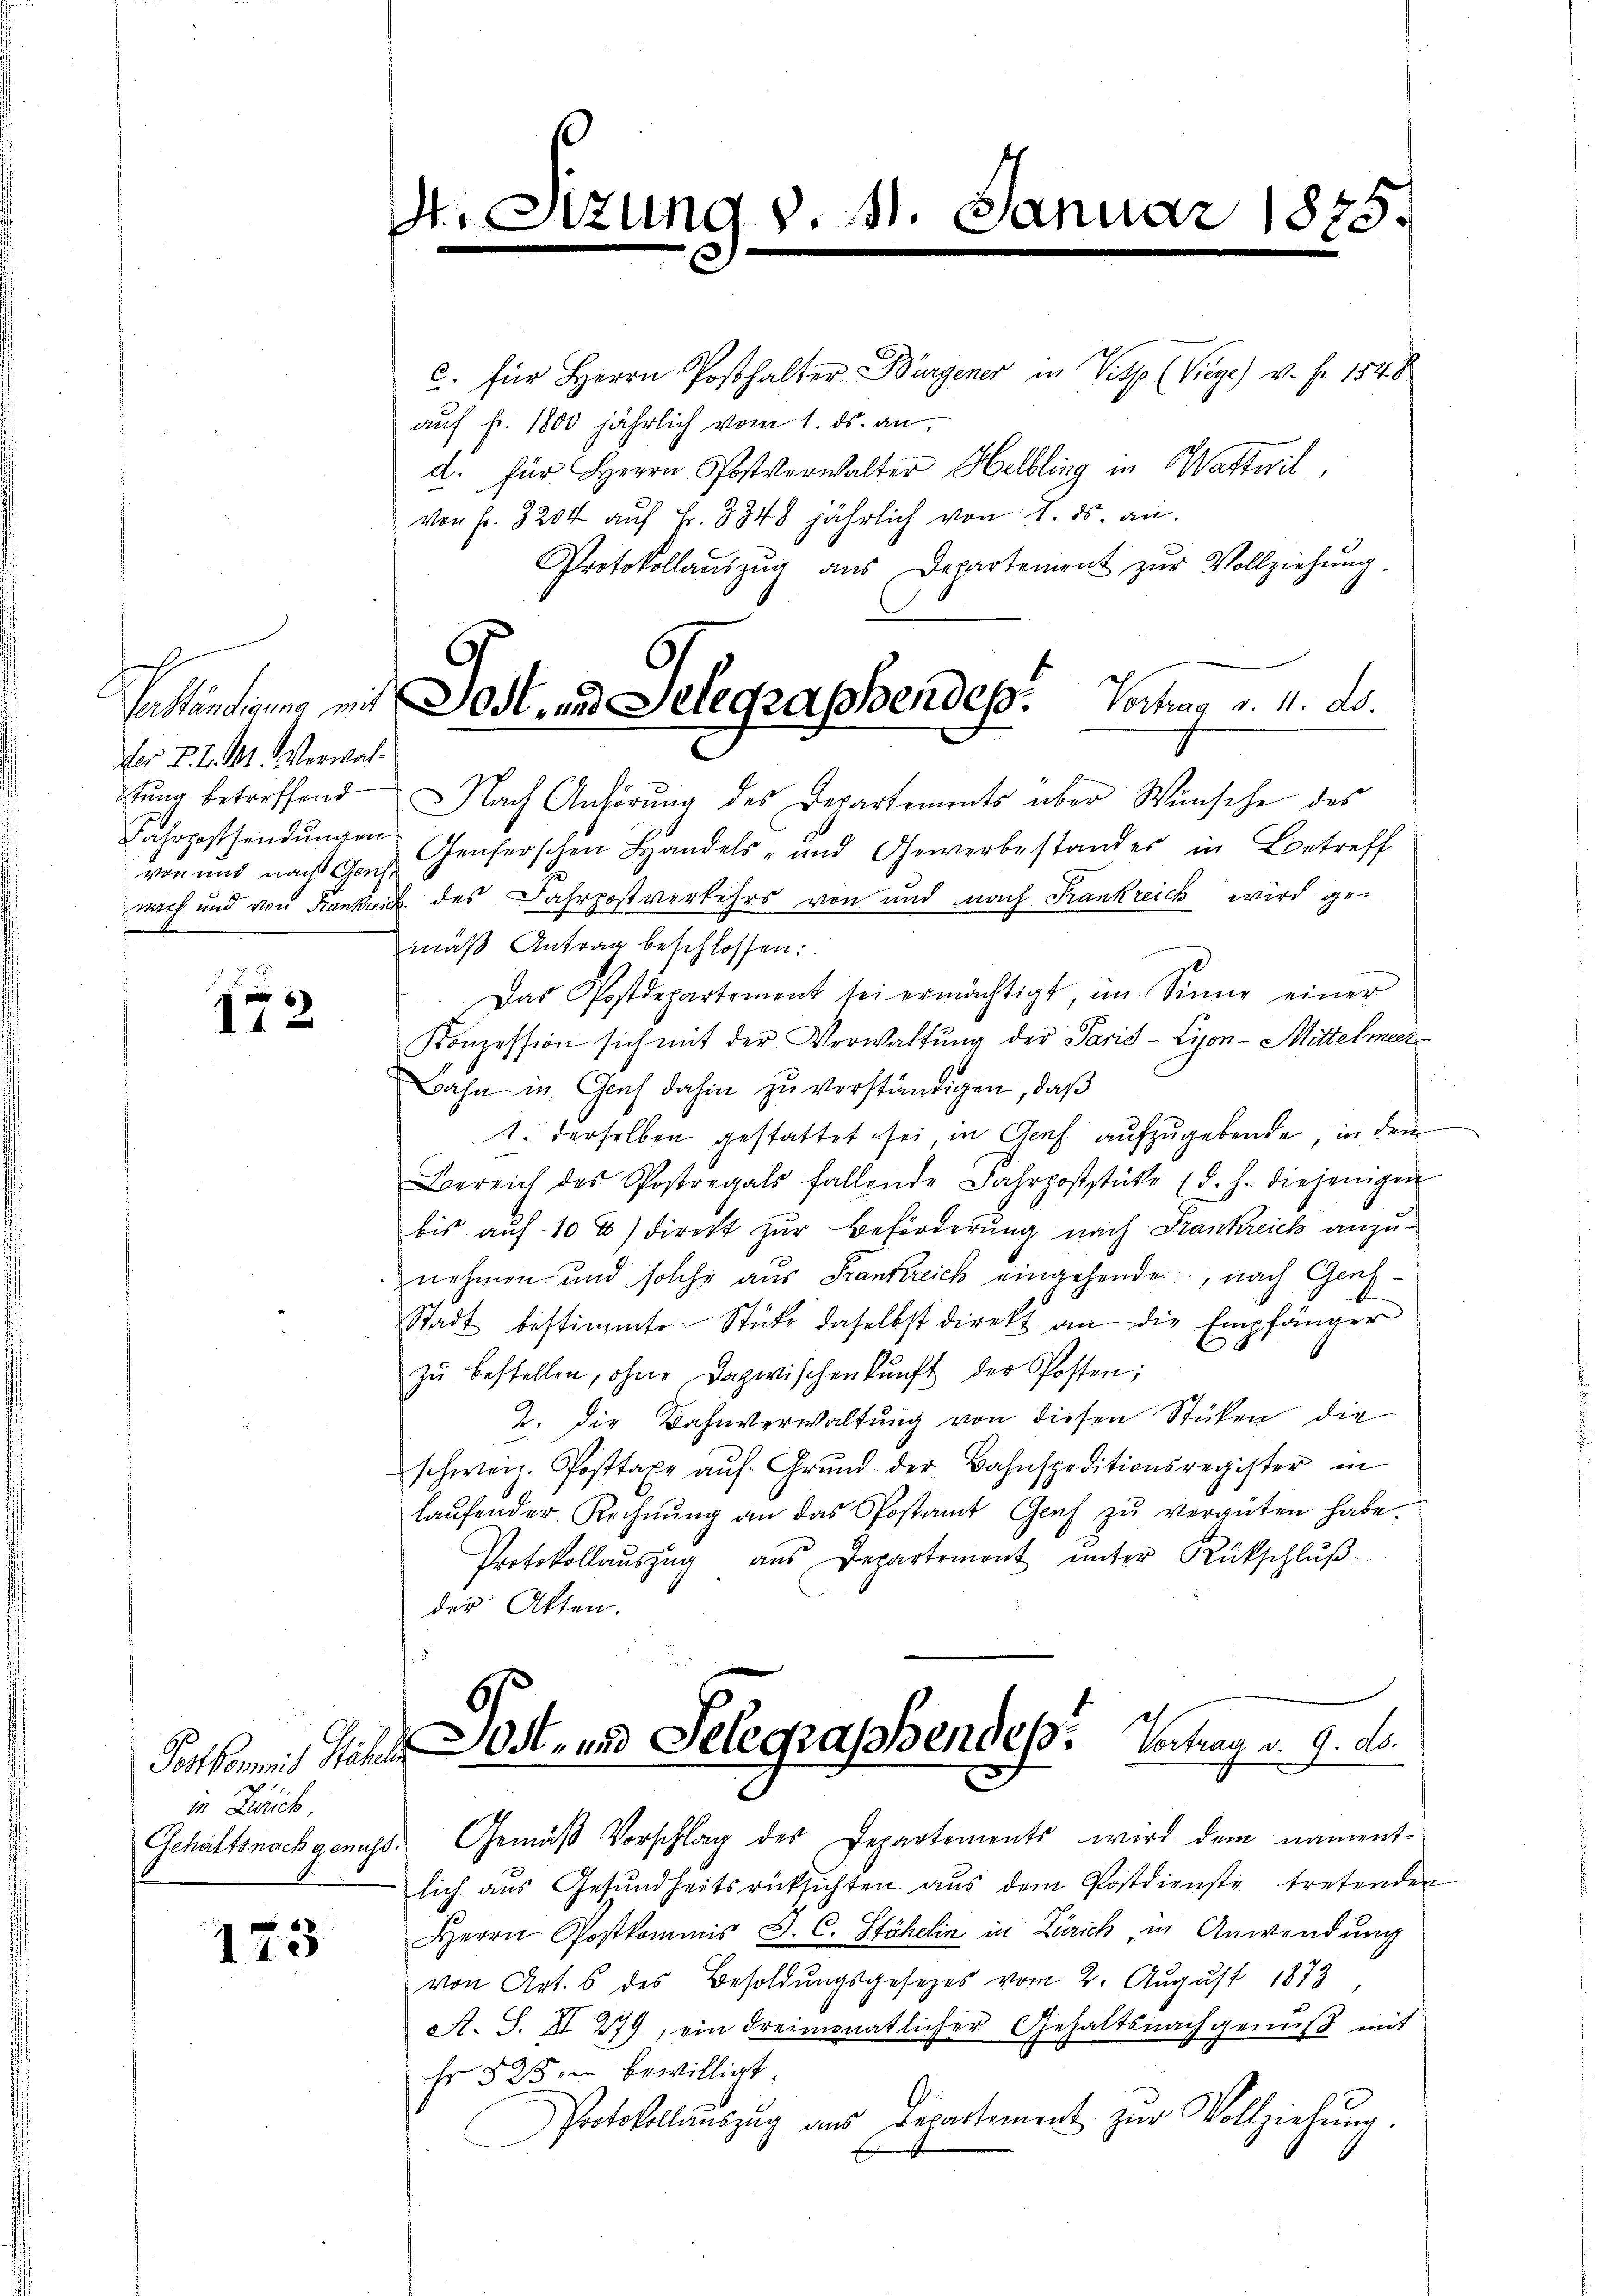
der P. d. Mt. Verwaltung betreffend
Fahrpostsendungen
von und nach Geist

172

in Zürich,

173

C

Sizung v. 11. Januar 1875.

Vtländigung mit Post und Gelegraphendes. Vertrag v. 4. ds.

C. für Herrn Posthalter Bürgener in Vitz (Viege v. Fr. 1548
auf Fr. 1800 jährlich vom 1. ds. an,
d. für Herrn Postverwalter Helbling in Wattwil
von fr. 3204 aŭf Fr. 8348 jährlich von 1. ds. an.
Protokollaŭszŭg aŭs Departement zŭr Vollziehung.
Nach Anhörung des Departements über Wünsche des
Genferschen Handels- und Gewerbestandes in Betreff
nach und von Krankreck des Jahrpostverkehrs von und nach Frankreich wird ge-
mäß Antrag beschlossen:
Das Postdepartement sei ermächtigt, im Sinne einer
Konzession sich mit der Verwaltŭng der Paris - Lion-Mittelmeer¬
Bahn in Graf dahin zu verständigen, daß
1. derselben gestattet sei, in Genf aufzugebende, in dem
Bereich des Postregals fallende Fahrpoststüke (d. h. diejenigen
bis auf 10 % direkt zur Beförderung nach Frankreich anzunehmen und solche aus Frankreich eingehende, nach Gens¬
Stadt bestimmte Stüke daselbst direkt an die Empfänger
zŭ bestellen, ohne Dazwischenkunft der Posten;
2. Die Bahnverwaltung von diesen Stücken die
schweiz. Posttaxe aŭf Grŭnd der Bahnspeditionsregister in
laŭfender Rechnŭng an das Postamt Graf zŭ vergüten habe.
Protokollaŭszŭg aŭs Departement ŭnter Rückschlŭβ
der Akten.
Porkommit Mehl Ost- und Selegraphendes. Vortrag v. 9. ds.
Gehaltsnachgenuss. Gemäß Vorschlag des Departements wird dem nament-
lich aus Gesundheitsrücksichten aus dem Postdienste tretenden
Herrn Postkommis J. C. Stähelin in Zürich, in Anwendung
von Art. 6 des Besoldŭngsgesetzes vom 2. August 1873
A. S. II 279, ein dreimonatlicher Gehaltsnachgenuß mit
hr 525 en bewilligt.
Protokollauszug aus Departement zŭr Vollziehŭng.